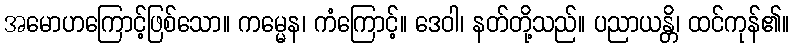
အမောဟကြောင့်ဖြစ်သော။ ကမ္မေန၊ ကံကြောင့်။ ဒေဝါ၊ နတ်တို့သည်။ ပညာယန္တိ၊ ထင်ကုန်၏။